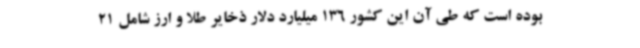
بوده است که طی آن این کشور 136 میلیارد دلار ذخایر طلا و ارز شامل 21